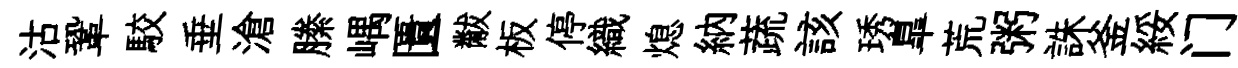
沽鞏駮垂滄縢嵎匱黻板停織熄納蔬該琇臯荒粥誅釜綏门